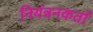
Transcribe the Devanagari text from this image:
नियंत्रनकर्ता